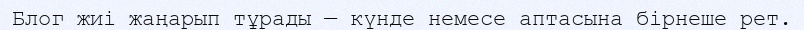
Блог жиі жаңарып тұрады — күнде немесе аптасына бірнеше рет.